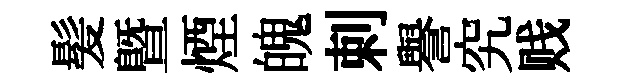
髪曁煙魄剌譽究贱